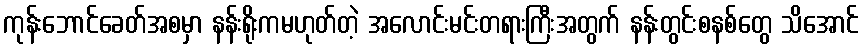
ကုန်းဘောင်ခေတ်အစမှာ နန်းရိုးကမဟုတ်တဲ့ အလောင်းမင်းတရားကြီးအတွက် နန်းတွင်းစနစ်တွေ သိအောင်